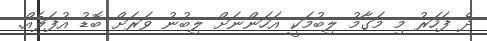
ދެ ފަހަރު މި މަގާމު ލިބުމަކީ އަހަންނަށް ލިބުނު ވަރަށް ބޮޑު އުފަލެއް.